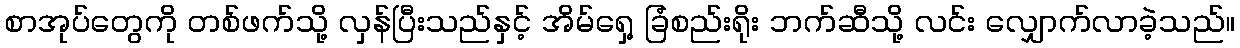
စာအုပ်တွေကို တစ်ဖက်သို့ လှန်ပြီးသည်နှင့် အိမ်ရှေ့ ခြံစည်းရိုး ဘက်ဆီသို့ လင်း လျှောက်လာခဲ့သည်။